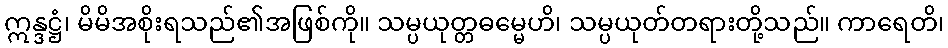
ဣန္ဒဋ္ဌံ၊ မိမိအစိုးရသည်၏အဖြစ်ကို။ သမ္ပယုတ္တဓမ္မေဟိ၊ သမ္ပယုတ်တရားတို့သည်။ ကာရေတိ၊